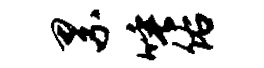
累唾佑